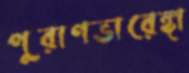
পুরাণভারেঙ্গা